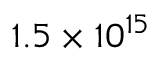
1 . 5 \times 1 0 ^ { 1 5 }